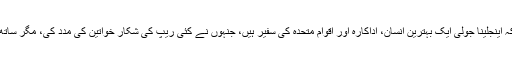
انہوں نے اعتراف کرتے ہوئے کہا کہ اینجلینا جولی ایک بہترین انسان، اداکارہ اور اقوام متحدہ کی سفیر ہیں، جنہوں نے کئی ریپ کی شکار خواتین کی مدد کی، مگر ساتھ ہی وہ انتہائی ضدی خاتون بھی ہیں۔